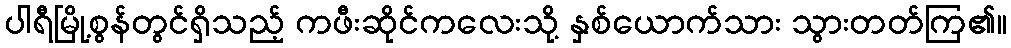
ပါရီမြို့စွန်တွင်ရှိသည့် ကဖီးဆိုင်ကလေးသို့ နှစ်ယောက်သား သွားတတ်ကြ၏။